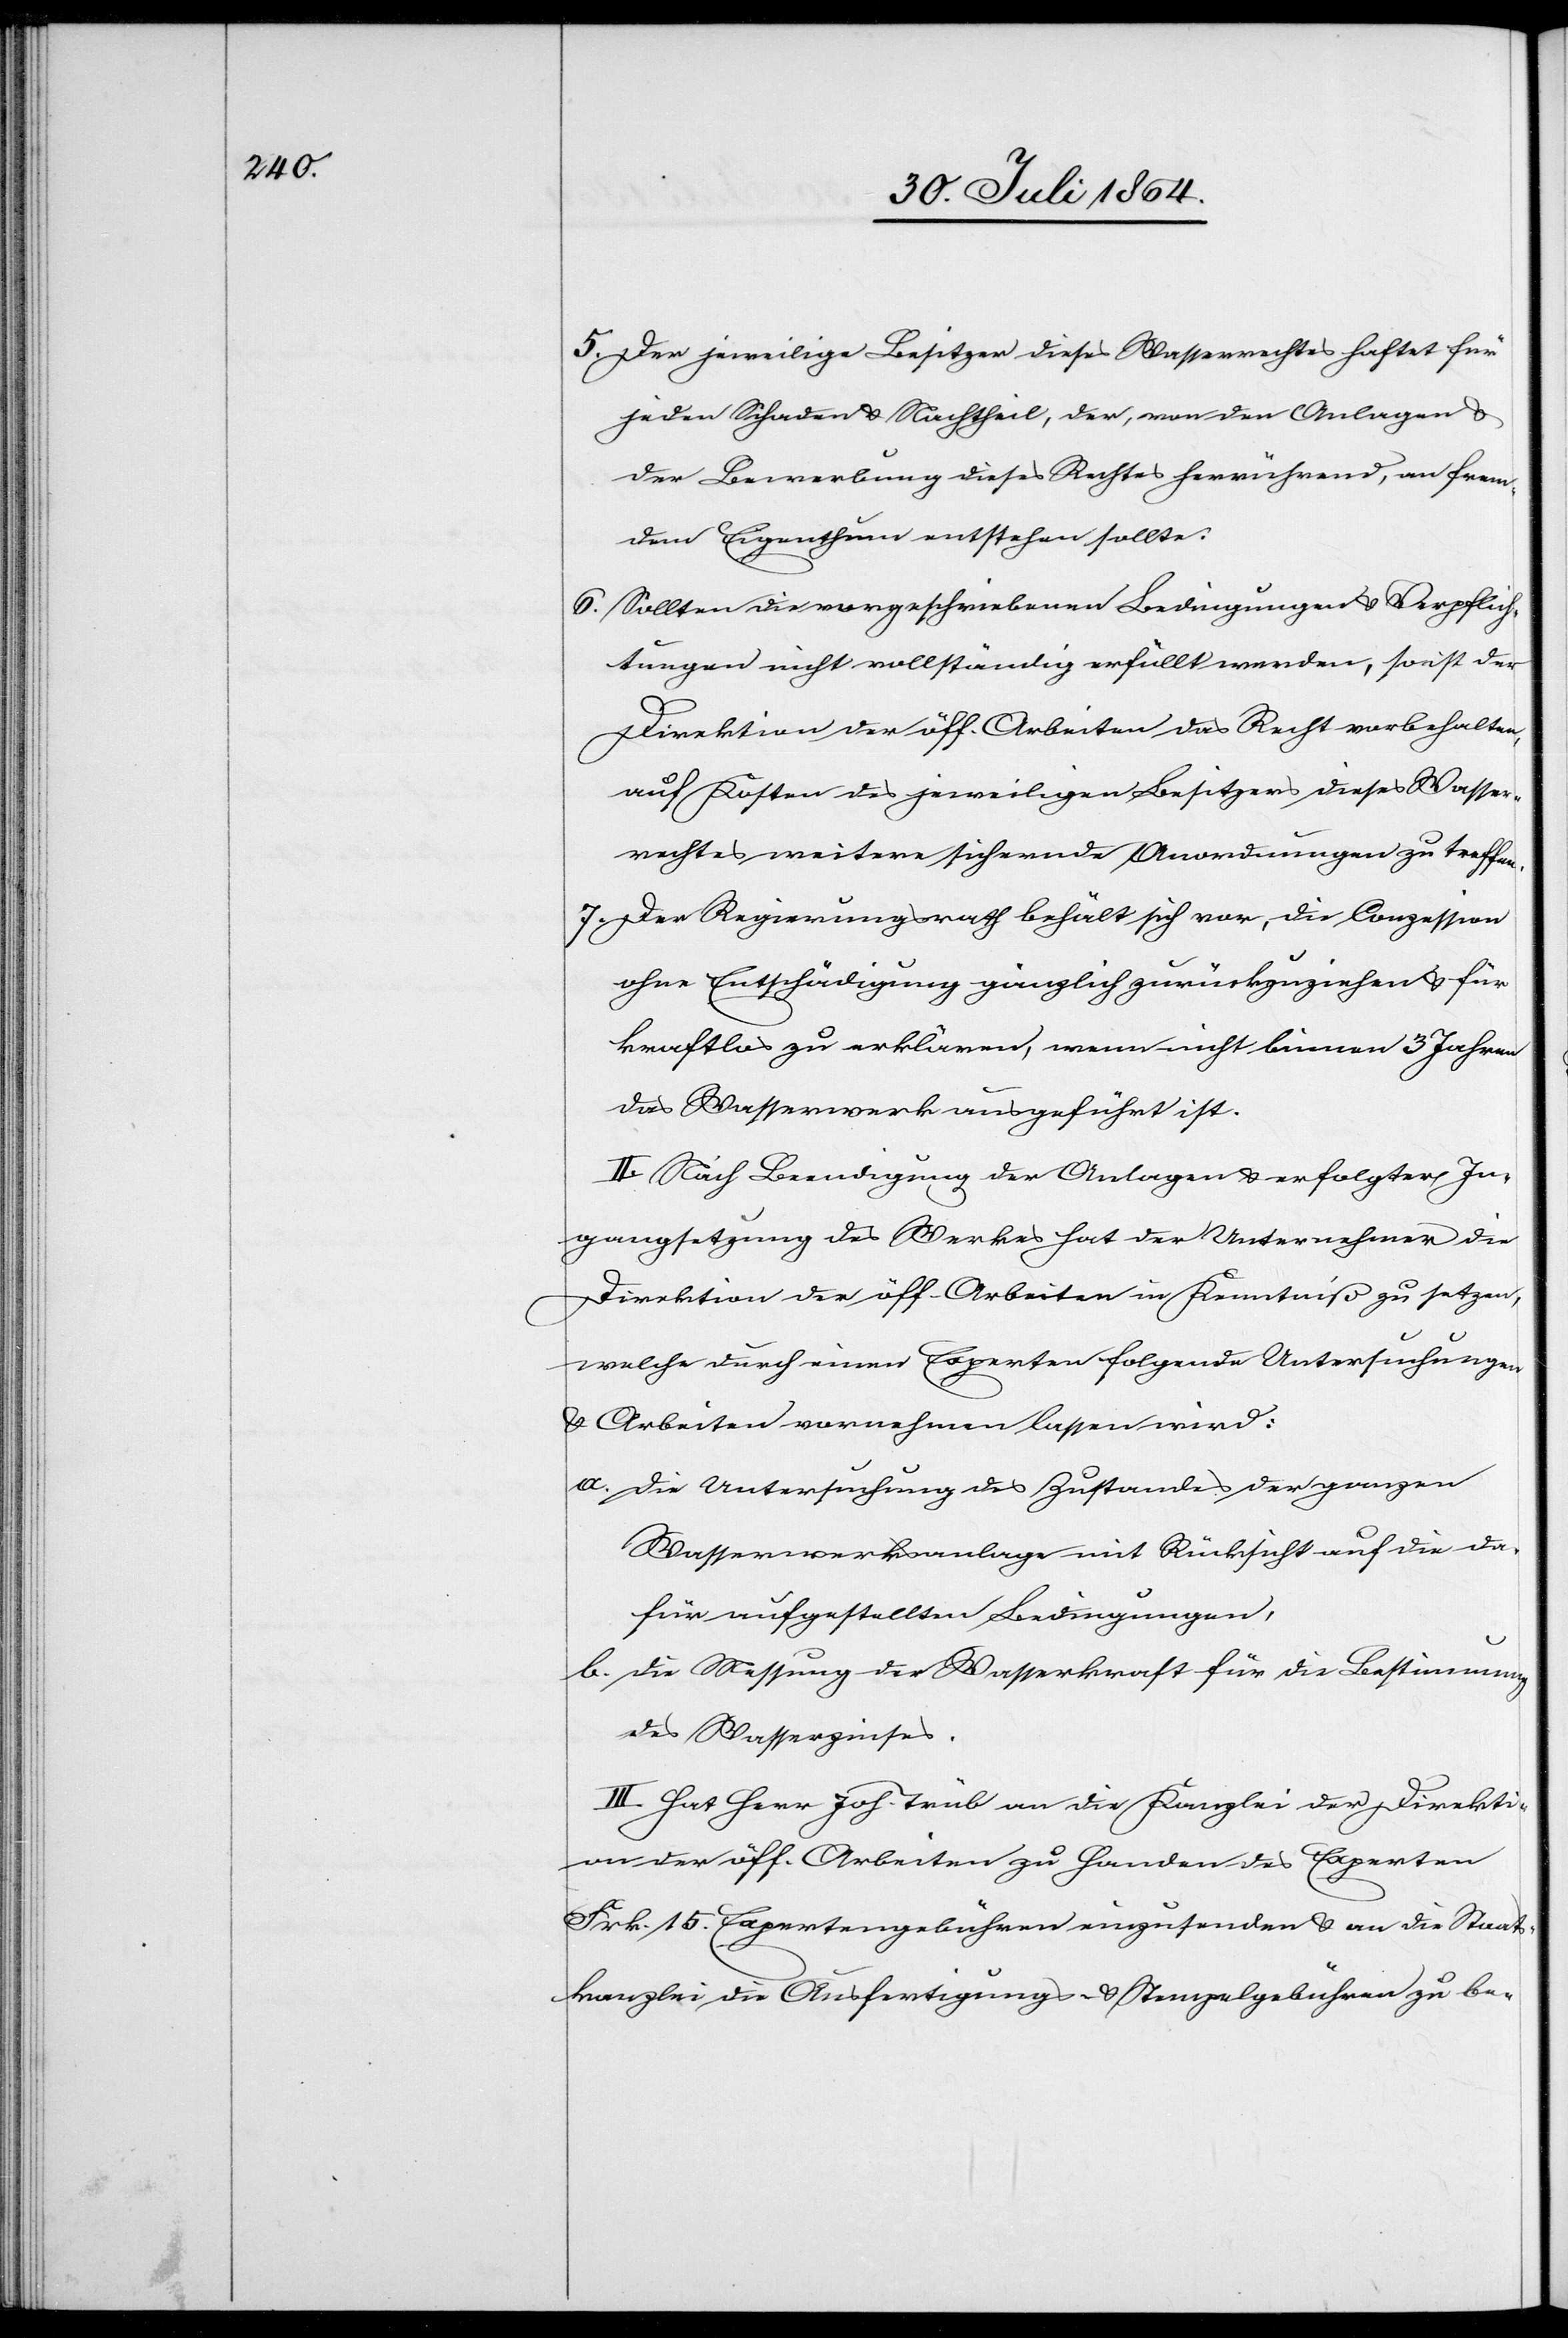
5.	Der jeweilige Besitzer dieses Wasserrechtes haftet für
jeden Schaden & Nachtheil, der, von den Anlagen &
der Bewerbung dieses Rechtes herrührend, an frem¬
dem Eigenthum entstehen sollte.
6. 	Sollten die vorgeschriebenen Bedingungen & Verpflich¬
tungen nicht vollständig erfüllt werden, so ist der
Direktion der öff. Arbeiten das Recht vorbehalten,
auf Kosten des jeweiligen Besitzers dieses Wasser¬
rechtes weitere sichernde Anordnungen zu treffen.
7. 	Der Regierungsrath behält sich vor, die Conzession
ohne Entschädigung gänzlich zurückzuziehen & für
kraftlos zu erklären, wenn nicht binnen 3 Jahren
das Wasserwerk ausgeführt ist.
II. Nach Beendigung der Anlagen & erfolgter In¬
gangsetzung des Werkes hat der Unternehmer die
Direktion der öff. Arbeiten in Kenntniß zu setzen,
welche durch einen Experten folgende Untersuchungen
& Arbeiten vornehmen lassen wird:
a.	Die Untersuchung des Zustandes der ganzen
Wasserwerksanlage mit Rücksicht auf die da¬
für aufgestellten Bedingungen.
b.	Die Messung der Wasserkraft für die Bestimmung
des Wasserzinses.
III. Hat Herr Joh. Trüb an die Kanzlei der Direkti¬
on der öff. Arbeiten zu Handen des Experten
Frk. 15. Expertengebühren einzusenden & an die Staats¬
kanzlei die Ausfertigungs- & Stempelgebühren zu be-